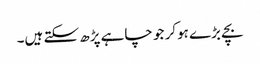
بچے بڑے ہوکر جو چاہے پڑھ سکتے ہیں۔